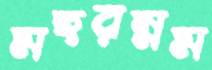
মহরম্নম